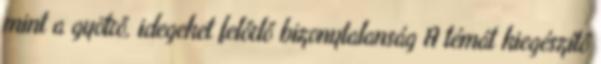
mint a gyötrő, idegeket felőrlő bizonytalanság A témát kiegészítő